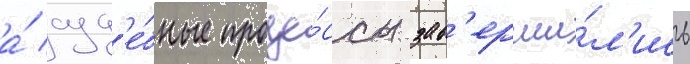
а́ суд'е́бные проце́ссы зав'ерши́л'ись